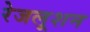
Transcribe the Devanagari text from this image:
रेजलूशन